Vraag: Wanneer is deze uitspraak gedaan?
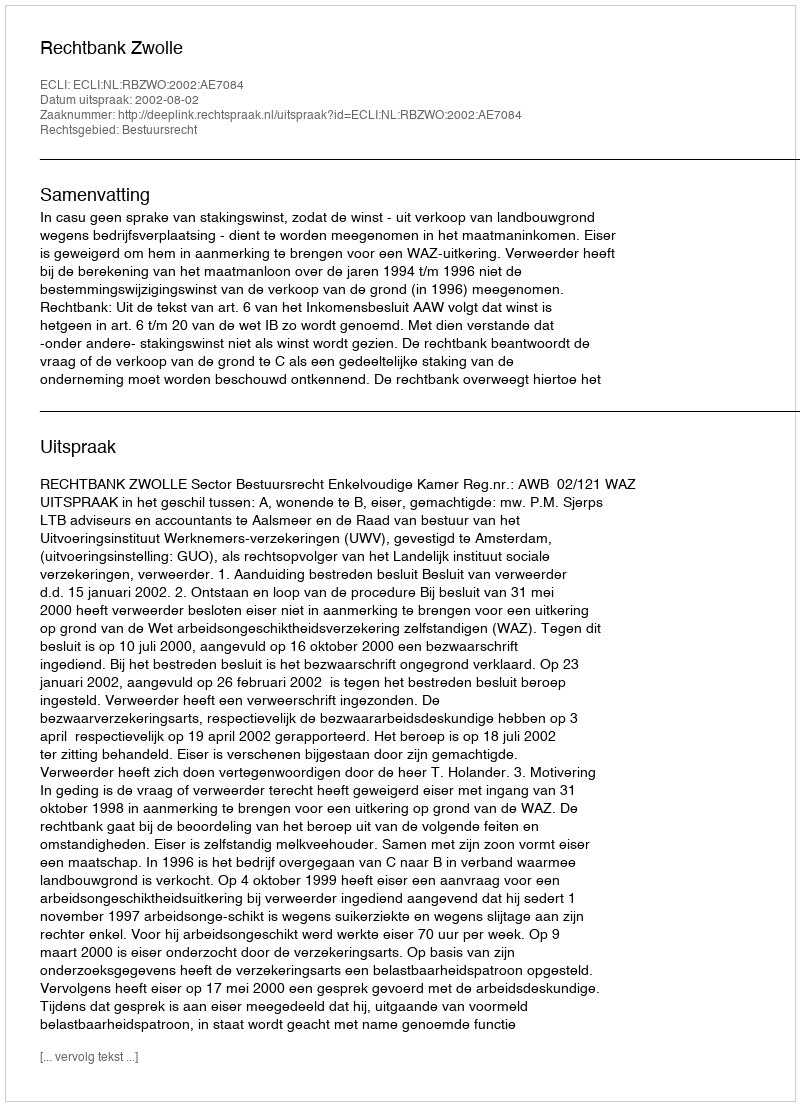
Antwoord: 2002-08-02